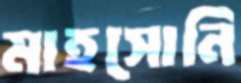
মাহসোনি